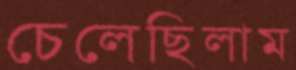
চেলেছিলাম